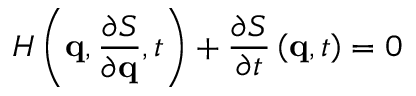
H \left( \mathbf { q } , { \frac { \partial S } { \partial \mathbf { q } } } , t \right) + { \frac { \partial S } { \partial t } } \left( \mathbf { q } , t \right) = 0